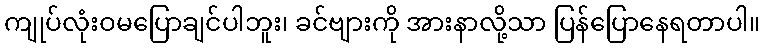
ကျုပ်လုံးဝမပြောချင်ပါဘူး၊ ခင်ဗျားကို အားနာလို့သာ ပြန်ပြောနေရတာပါ။